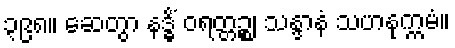
၃၉၈။ ဆေတွာ နဒ္ဓိံ ဝရတ္တဉ္စ၊ သန္ဒာနံ သဟနုက္ကမံ။